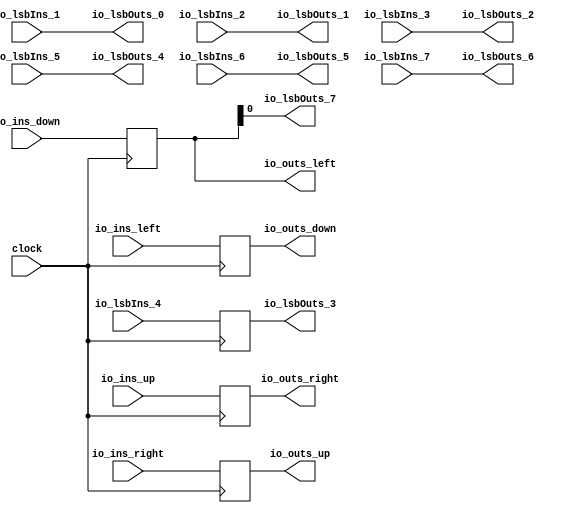
module Element(
  input         clock,
  input  [63:0] io_ins_down,
  input  [63:0] io_ins_right,
  input  [63:0] io_ins_up,
  input  [63:0] io_ins_left,
  output [63:0] io_outs_down,
  output [63:0] io_outs_right,
  output [63:0] io_outs_up,
  output [63:0] io_outs_left,
  input         io_lsbIns_1,
  input         io_lsbIns_2,
  input         io_lsbIns_3,
  input         io_lsbIns_4,
  input         io_lsbIns_5,
  input         io_lsbIns_6,
  input         io_lsbIns_7,
  output        io_lsbOuts_0,
  output        io_lsbOuts_1,
  output        io_lsbOuts_2,
  output        io_lsbOuts_3,
  output        io_lsbOuts_4,
  output        io_lsbOuts_5,
  output        io_lsbOuts_6,
  output        io_lsbOuts_7
);
  reg [63:0] REG;
  reg [63:0] REG_1;
  reg [63:0] REG_2;
  reg [63:0] REG_3;
  reg  REG_4;
  assign io_outs_down = REG_3;
  assign io_outs_right = REG_2;
  assign io_outs_up = REG_1;
  assign io_outs_left = REG;
  assign io_lsbOuts_0 = io_lsbIns_1;
  assign io_lsbOuts_1 = io_lsbIns_2;
  assign io_lsbOuts_2 = io_lsbIns_3;
  assign io_lsbOuts_3 = REG_4;
  assign io_lsbOuts_4 = io_lsbIns_5;
  assign io_lsbOuts_5 = io_lsbIns_6;
  assign io_lsbOuts_6 = io_lsbIns_7;
  assign io_lsbOuts_7 = io_outs_left[0];
  always @(posedge clock) begin
    REG <= io_ins_down;
    REG_1 <= io_ins_right;
    REG_2 <= io_ins_up;
    REG_3 <= io_ins_left;
    REG_4 <= io_lsbIns_4;
  end
endmodule